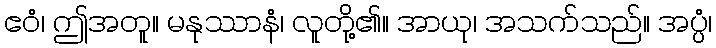
ဧဝံ၊ ဤအတူ။ မနုဿာနံ၊ လူတို့၏။ အာယု၊ အသက်သည်။ အပ္ပံ၊